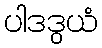
ပါဒဒွယံ